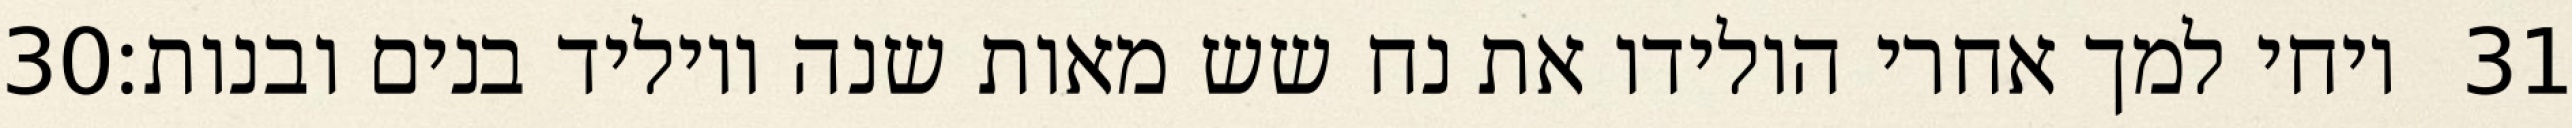
‎30‏ ויחי למך אחרי הולידו את נח שש מאות שנה ויוליד בנים ובנות׃ ‎31‏